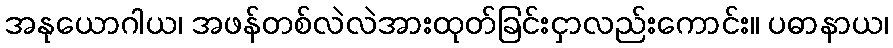
အနုယောဂါယ၊ အဖန်တစ်လဲလဲအားထုတ်ခြင်းငှာလည်းကောင်း။ ပဓာနာယ၊